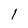
Character: l